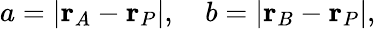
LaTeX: a=|\mathbf{r}_{A}-\mathbf{r}_{P}|,\quad b=|\mathbf{r}_{B}-\mathbf{r}_{P}|,